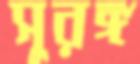
সুরঙ্গ